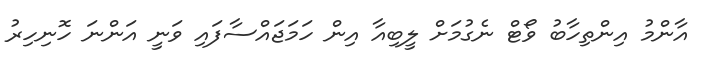
އާންމު އިންތިހާބު ވޯޓް ނެގުމަށް ލީބިއާ އިން ހަމަޖައްސާފައި ވަނީ އަންނަ ހޮނިހިރު